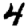
Digit: 4